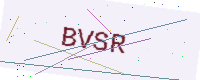
Text: BVSR